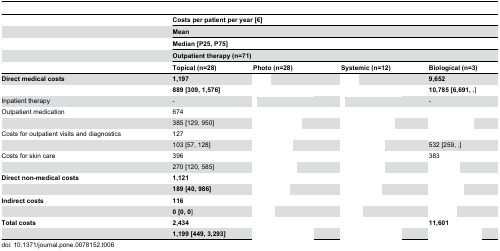
<table><thead><tr><td>[EMPTY_CELL]</td><td colspan="4"><b>Costs per patient per year [€]</b></td></tr><tr><td>[EMPTY_CELL]</td><td colspan="4"><b>Mean</b></td></tr><tr><td>[EMPTY_CELL]</td><td colspan="4"><b>Median [P25, P75]</b></td></tr><tr><td>[EMPTY_CELL]</td><td colspan="4"><b>Outpatient therapy (n=71)</b></td></tr><tr><td>[EMPTY_CELL]</td><td><b>Topical (n=28)</b></td><td><b>Photo (n=28)</b></td><td><b>Systemic (n=12)</b></td><td><b>Biological (n=3)</b></td></tr></thead><tbody><tr><td><b>Direct medical costs</b></td><td><b>1,197</b></td><td>[EMPTY_CELL]</td><td>[EMPTY_CELL]</td><td><b>9,652</b></td></tr><tr><td>[EMPTY_CELL]</td><td><b>889 [309, 1,576]</b></td><td>[EMPTY_CELL]</td><td>[EMPTY_CELL]</td><td><b>10,785 [6,691, .</b>]</td></tr><tr><td>Inpatient therapy</td><td>-</td><td>[EMPTY_CELL]</td><td>[EMPTY_CELL]</td><td>-</td></tr><tr><td>Outpatient medication</td><td>674</td><td>[EMPTY_CELL]</td><td>[EMPTY_CELL]</td><td>[EMPTY_CELL]</td></tr><tr><td>[EMPTY_CELL]</td><td>385 [129, 950]</td><td>[EMPTY_CELL]</td><td>[EMPTY_CELL]</td><td>[EMPTY_CELL]</td></tr><tr><td>Costs for outpatient visits and diagnostics</td><td>127</td><td>[EMPTY_CELL]</td><td>[EMPTY_CELL]</td><td>[EMPTY_CELL]</td></tr><tr><td>[EMPTY_CELL]</td><td>103 [57, 128]</td><td>[EMPTY_CELL]</td><td>[EMPTY_CELL]</td><td>532 [259, .]</td></tr><tr><td>Costs for skin care</td><td>396</td><td>[EMPTY_CELL]</td><td>[EMPTY_CELL]</td><td>383</td></tr><tr><td>[EMPTY_CELL]</td><td>270 [120, 585]</td><td>[EMPTY_CELL]</td><td>[EMPTY_CELL]</td><td>[EMPTY_CELL]</td></tr><tr><td><b>Direct non-medical costs</b></td><td><b>1,121</b></td><td>[EMPTY_CELL]</td><td>[EMPTY_CELL]</td><td>[EMPTY_CELL]</td></tr><tr><td>[EMPTY_CELL]</td><td><b>189 [40, 986]</b></td><td>[EMPTY_CELL]</td><td>[EMPTY_CELL]</td><td>[EMPTY_CELL]</td></tr><tr><td><b>Indirect costs</b></td><td><b>116</b></td><td>[EMPTY_CELL]</td><td>[EMPTY_CELL]</td><td>[EMPTY_CELL]</td></tr><tr><td>[EMPTY_CELL]</td><td><b>0 [0, 0</b>]</td><td>[EMPTY_CELL]</td><td>[EMPTY_CELL]</td><td>[EMPTY_CELL]</td></tr><tr><td><b>Total costs</b></td><td><b>2,434</b></td><td>[EMPTY_CELL]</td><td>[EMPTY_CELL]</td><td><b>11,601</b></td></tr><tr><td>[EMPTY_CELL]</td><td><b>1,199 [449, 3,293]</b></td><td>[EMPTY_CELL]</td><td>[EMPTY_CELL]</td><td>[EMPTY_CELL]</td></tr></tbody></table>